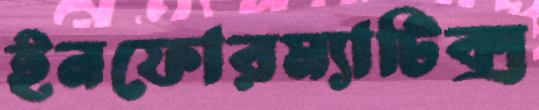
ইনফোরম্যাটিক্স